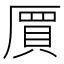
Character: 𠃅